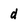
Character: d